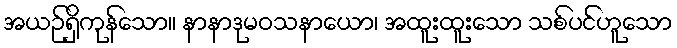
အယဉ်ရှိကုန်သော။ နာနာဒုမဝသနာယော၊ အထူးထူးသော သစ်ပင်ဟူသော